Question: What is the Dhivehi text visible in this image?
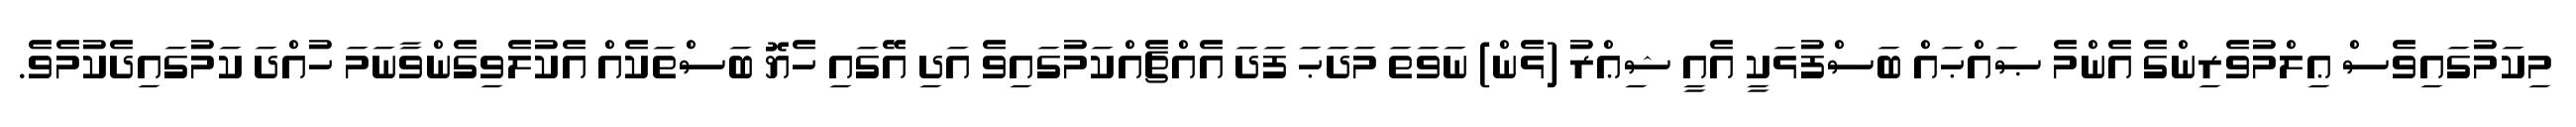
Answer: މިކަމުގައިވެސް ޢިލްމުވެރިންގެ އެންމެ ޞައްޙައް ބަސްފުޅަކީ އެއީ ޝިޢްރު (ޅެން) ނަވަތަ މަދަޙަ ފަދަ އެއްޗެއްކަމުގައިވެ އަދި އޭގައި ހެޔޮ ބަސްތަކެއް އެކުލެވިގެންވާނަމަ ހުއްދަ ކަމުގައިދެކުމެވެ.